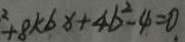
^ { 2 } + 8 k b x + 4 b ^ { 2 } - 4 = 0 .